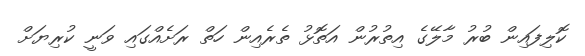
ކޮލިފައިން ބުރު މާލޭގެ އިތުރުން އަތޮޅު ތެރެއިން ހަތް ރަށެއްގައި ވަނީ ކުރިޔަށް